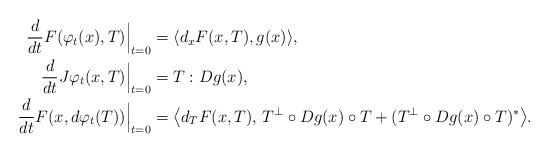
LaTeX: \begin{align*} \frac{d}{dt}F (\varphi_t(x), T)\Big|_{t=0}&=\langle d_xF(x,T),g(x)\rangle, \\ \frac{d}{dt}J\varphi_t(x,T)\Big|_{t=0}&=T:Dg(x),\\ \frac{d}{dt}F (x, d\varphi_t (T))\Big|_{t=0} &=\big\langle d_T F(x,T) ,\,T^\perp\circ Dg(x)\circ T +(T^\perp\circ Dg(x)\circ T)^*\big\rangle.\end{align*}